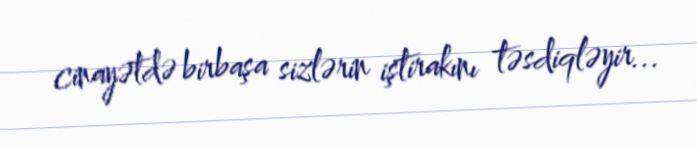
cinayətdə birbaşa sizlərin iştirakını təsdiqləyir...